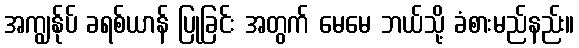
အကျွန်ုပ် ခရစ်ယာန် ပြုခြင်း အတွက် မေမေ ဘယ်သို့ ခံစားမည်နည်း။